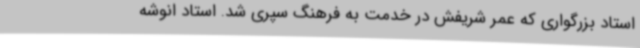
استاد بزرگواری که عمر شریفش در خدمت به فرهنگ سپری شد. استاد انوشه